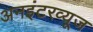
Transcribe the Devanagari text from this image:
अनइंटरव्यूज